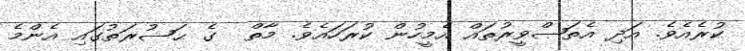
ކުރެއެވެ. އަދި އެތަޞްވީރުތައް އެމީހުން ކުރަހައެވެ. މާތް  ގެ ޙަޟުރަތުގައި އެންމެ